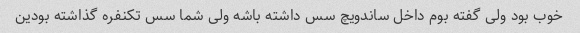
خوب بود ولی گفته بوم داخل ساندویچ سس داشته باشه ولی شما سس تکنفره گذاشته بودین